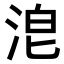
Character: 𣴡